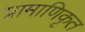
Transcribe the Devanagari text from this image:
प्रामाणिकृत